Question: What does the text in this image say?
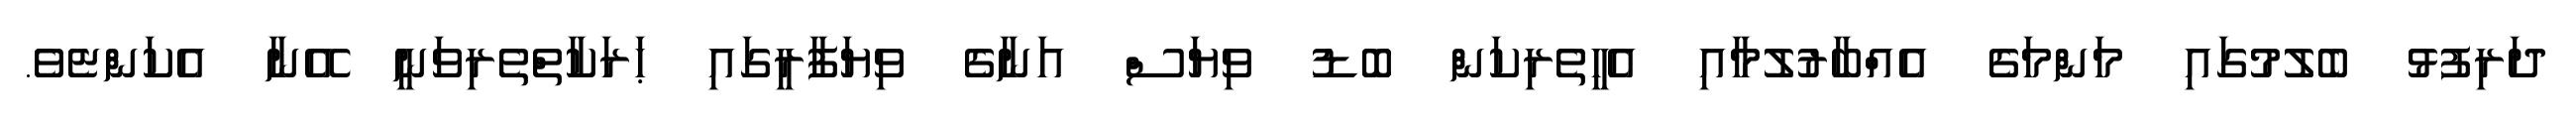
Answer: ދަރިފުޅު ބެލުމުގައި މަންމަގެ އެއްބާރުލުމާއި އެހީތެރިކަން ބޮޑު ވިޔަސް އަނާގެ ވިޔަފާރީގައި ޙަރަކާތްތެރިވަނީ އޭނާ އެކަންޏެވެ.